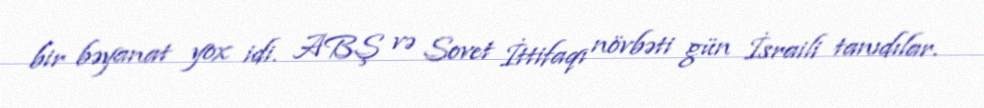
bir bəyanat yox idi. ABŞ və Sovet İttifaqı növbəti gün İsraili tanıdılar.